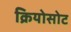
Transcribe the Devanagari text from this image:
क्रियोसोट